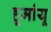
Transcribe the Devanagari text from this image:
हूमांयू